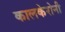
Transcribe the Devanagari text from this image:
कालकेरोनी